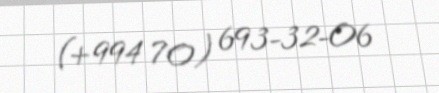
(+994 70) 693-32-06